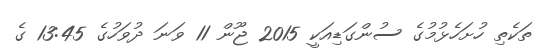
ތަކެތި ހުށަހެޅުމުގެ ސުންގަޑިއަކީ 2015 ޖޫން 11 ވަނަ ދުވަހުގެ 13:45 ގެ